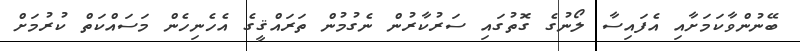
ބޭނުންވާކަމަށާއި އެފައިސާ ލޯނުގެ ގޮތުގައި ސަރުކާރުން ނެގުމުން ތަރައްޤީގެ އެހެނިހެން މަސައްކަތް ކުރުމަށް